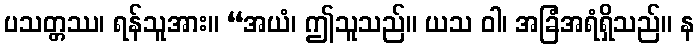
ပသတ္တဿ၊ ရန်သူအား။ “အယံ၊ ဤသူသည်။ ယသ ဝါ၊ အခြံအရံရှိသည်။ န